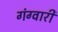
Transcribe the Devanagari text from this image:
गंग्वारी